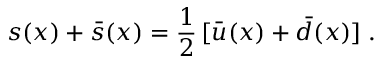
s ( x ) + \bar { s } ( x ) = \frac { 1 } { 2 } \, [ \bar { u } ( x ) + \bar { d } ( x ) ] \; .